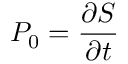
P _ { 0 } = \frac { \partial S } { \partial t }